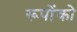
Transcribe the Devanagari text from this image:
रूपोंको